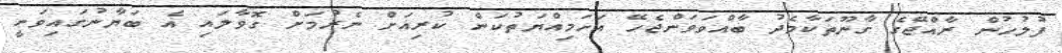
ފުލުހުން ރާއްޖޭގެ ގާނޫތަކާމެދު ބާއްވަވަންޖެހޭ އަހަމިއްޔަތުކަން ކުރިއަށް ނެރުމަށް ގޮވާލައި އެ ބަޔާނުގައިވަނީ